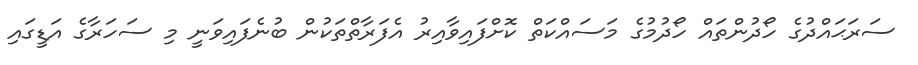
ސަރަޙައްދުގެ ހޯދުންތައް ހޯދުމުގެ މަސައްކަތް ކޮށްފައިވާއިރު އެފަރާތްތަކުން ބުނެފައިވަނީ މި ސަހަރާގެ އަޑީގައި